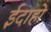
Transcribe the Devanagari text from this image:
ईदाहो